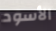
الأسود